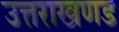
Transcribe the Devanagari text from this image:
उत्तराखणड